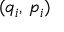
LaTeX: ( q _ { i } , \, p _ { i } )